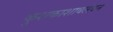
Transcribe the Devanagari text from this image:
कुशकाशावलंबन